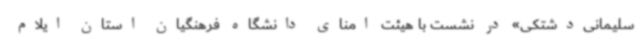
سلیمانی‌دشتکی» در نشست با هیئت امنای دانشگاه فرهنگیان استان ایلام